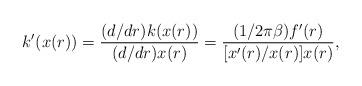
LaTeX: \begin{align*}k'(x(r))=\frac{(d/dr)k(x(r))}{(d/dr)x(r)}=\frac{(1/2\pi\beta)f'(r)}{[x'(r)/x(r)]x(r)},\end{align*}